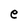
Character: e